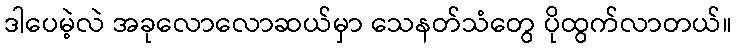
ဒါပေမဲ့လဲ အခုလောလောဆယ်မှာ သေနတ်သံတွေ ပိုထွက်လာတယ်။